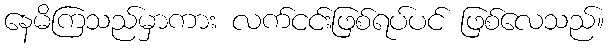
နေမိကြသည်မှာကား လက်ငင်းဖြစ်ရပ်ပင် ဖြစ်လေသည်။